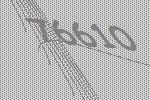
76610